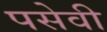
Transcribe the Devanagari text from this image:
पसेवी